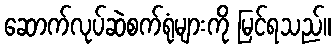
ဆောက်လုပ်ဆဲစက်ရုံများကို မြင်ရသည်။